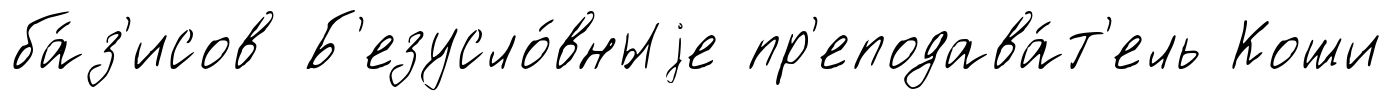
ба́з'исов Б'езусло́вныjе пр'еподава́т'ель Коши